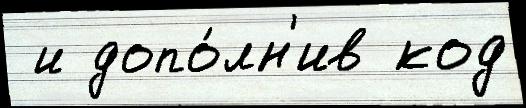
 и допо́лн'ив код